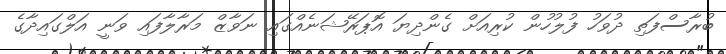
ބުރާސްފަތި ދުވަހު ފުލުހުން ކުރިއަށް ގެންދިޔަ އޮޕަރޭޝަނެއްގައި ނަވާޒް މަރާލާފައި ވަނީ އަލްގައިދާގެ